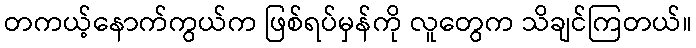
တကယ့်နောက်ကွယ်က ဖြစ်ရပ်မှန်ကို လူတွေက သိချင်ကြတယ်။